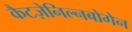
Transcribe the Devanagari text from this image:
कैटज़ेनिल्नबोगेन